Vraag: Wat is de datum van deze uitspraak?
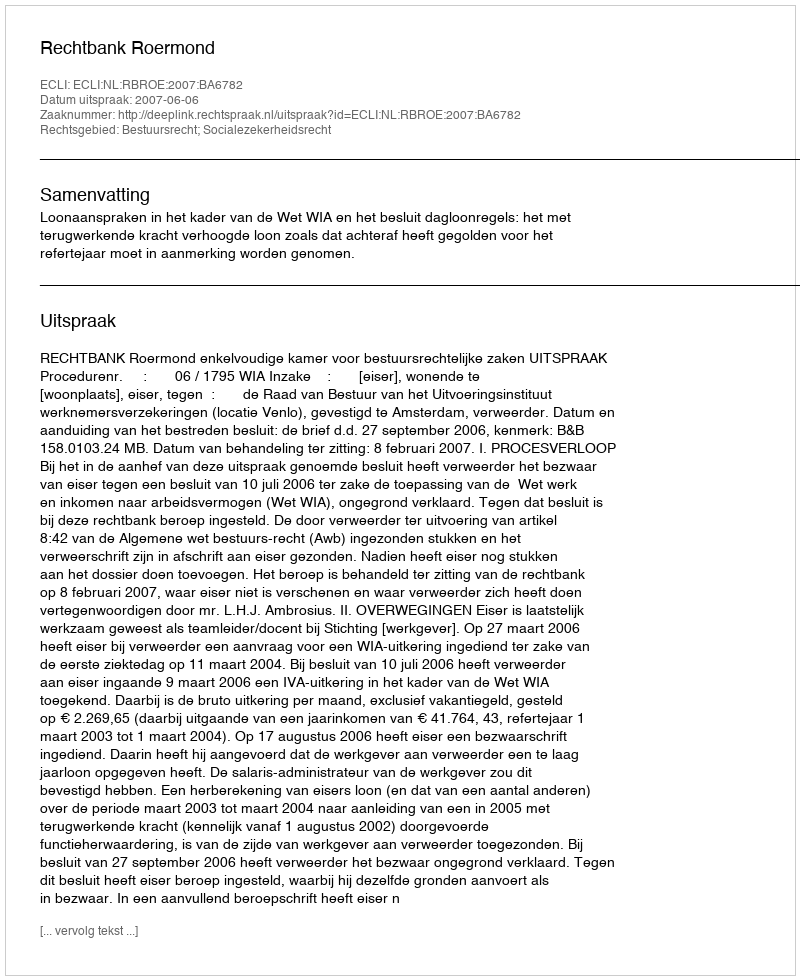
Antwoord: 2007-06-06